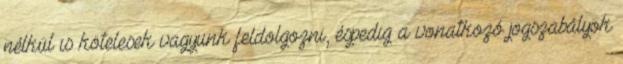
nélkül is kötelesek vagyunk feldolgozni, éspedig a vonatkozó jogszabályok